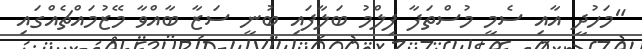
"މަހުދީ އާއި ސެމީ މުސްތަފާ ފިލްމު ބަލާފައި ބުނީ ސަޒާ ބާއްވާ މޭޒުމައްޗެއްގައި